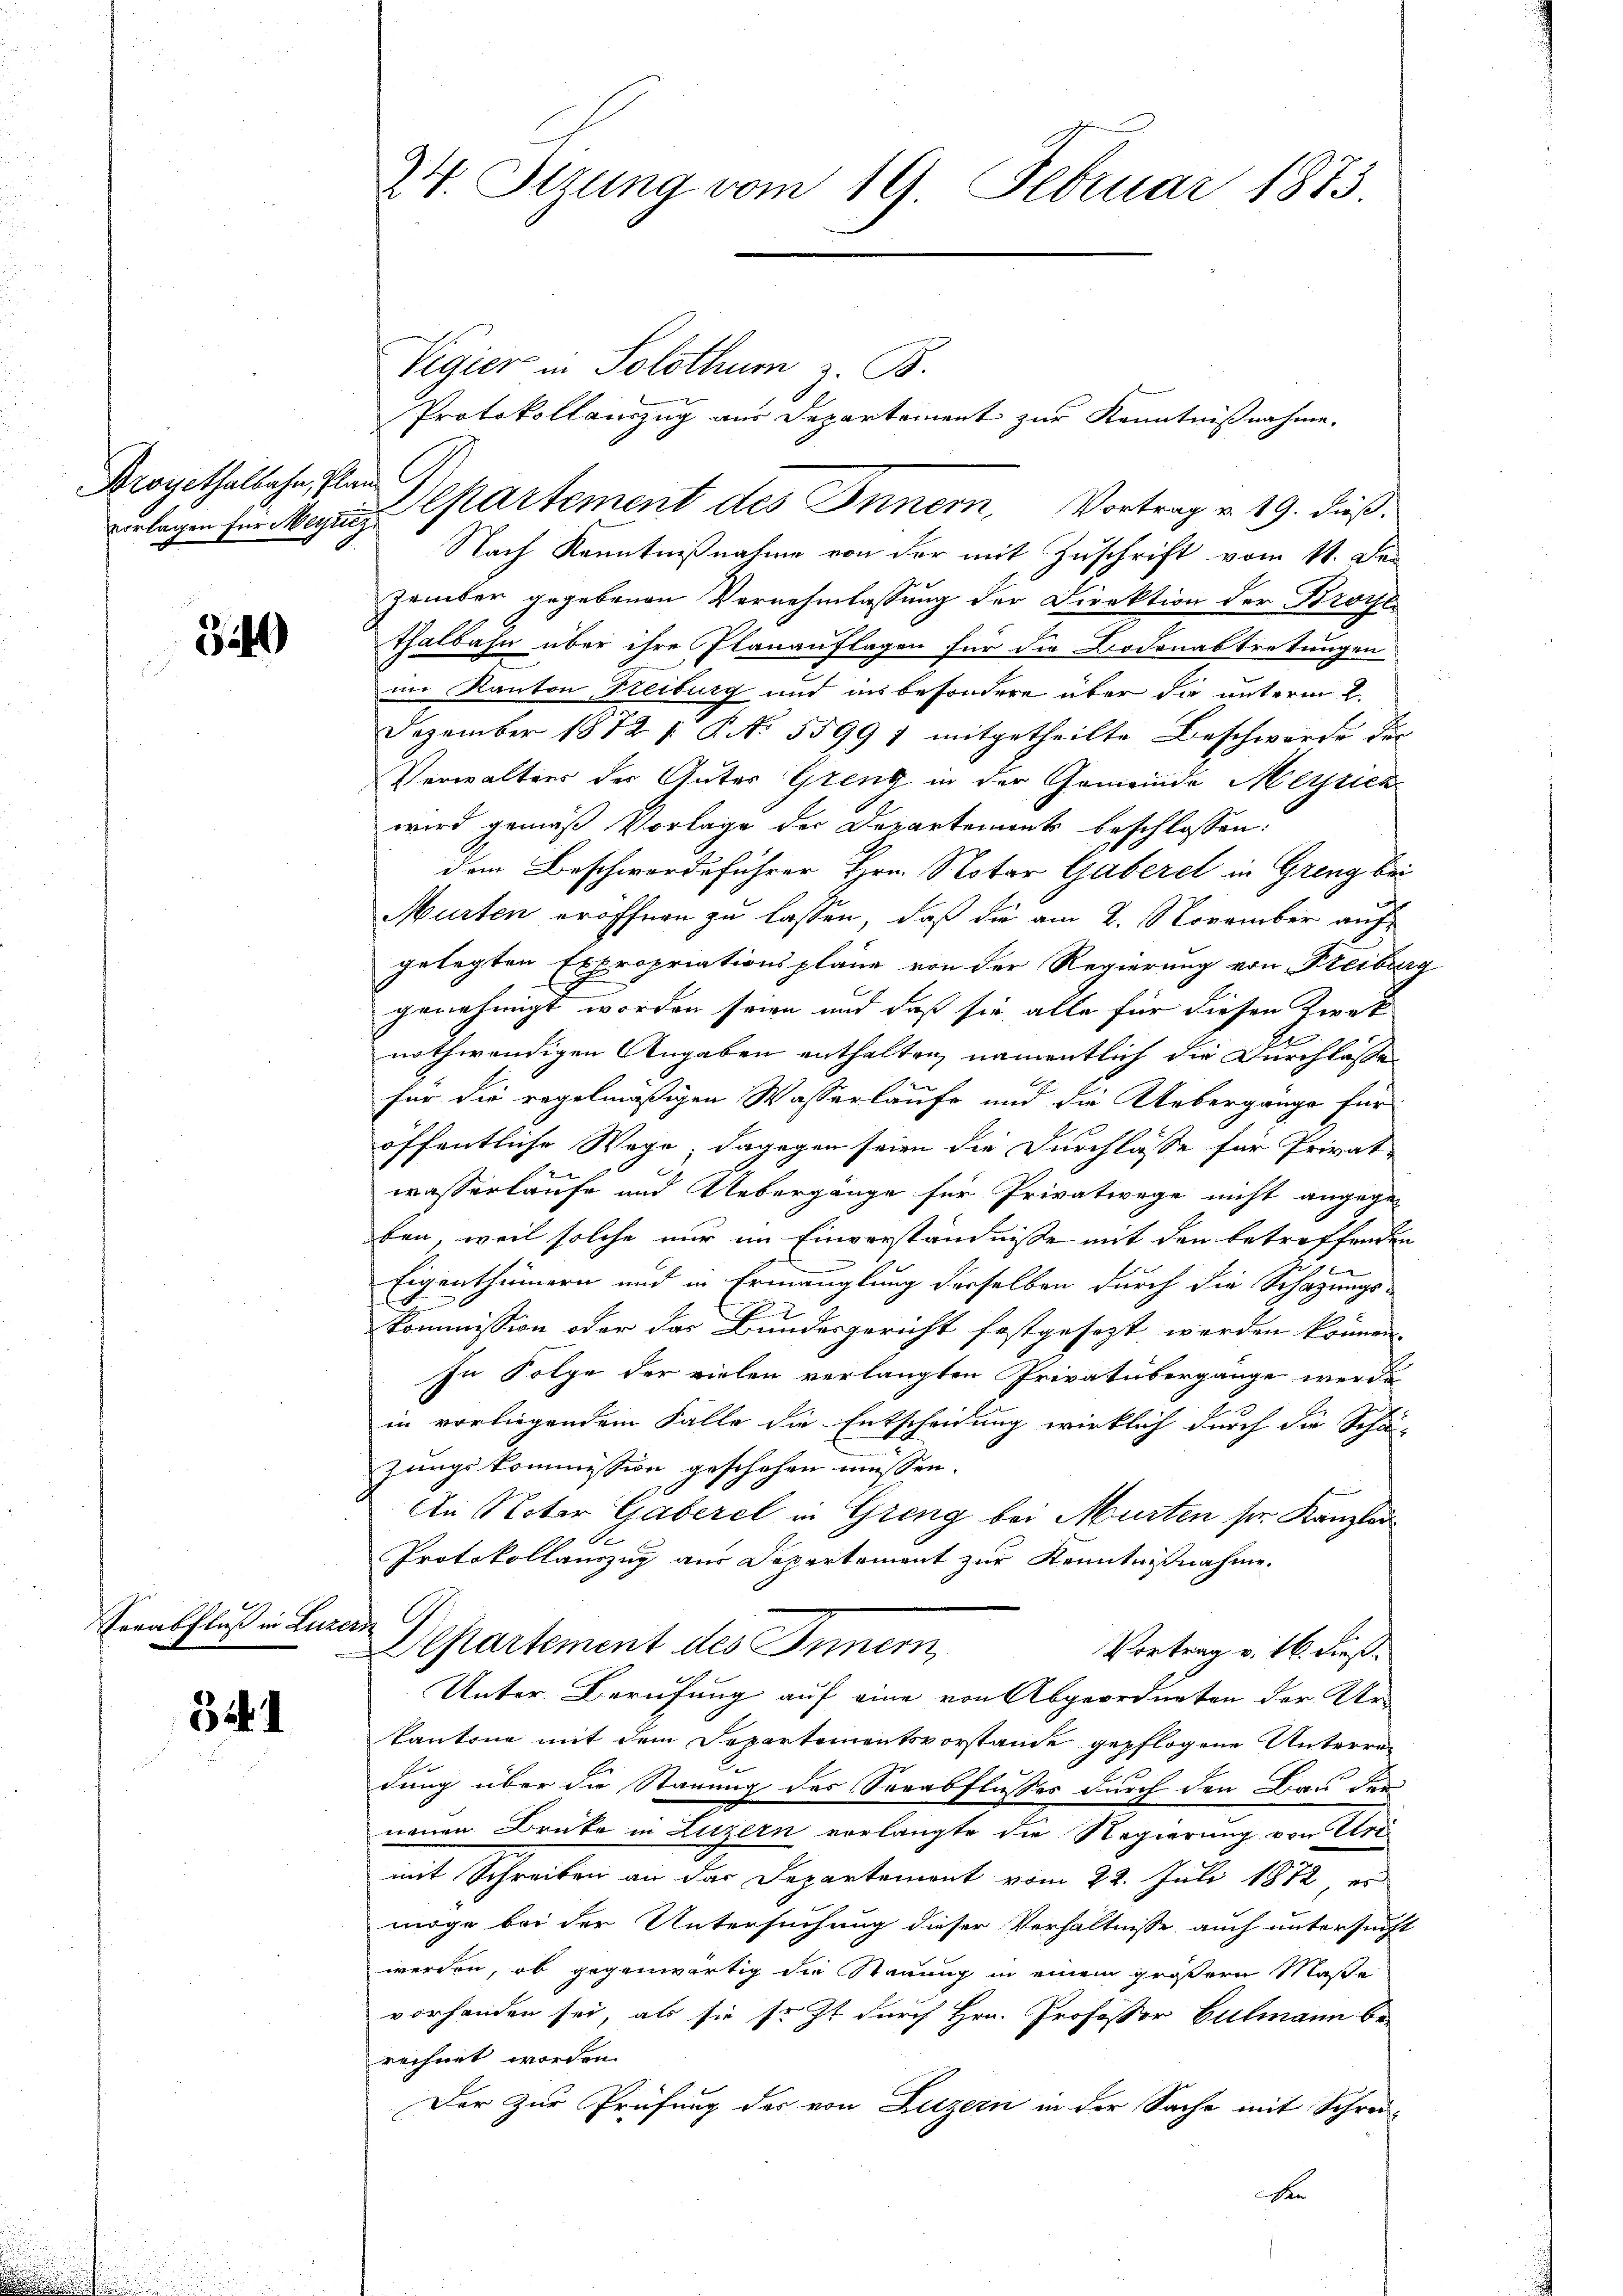
Kroyethalbahn, Plan

349

Verabfluß in Luzern G

341

24. Stzung vom 19. Februar 1873.

Protokollauszug aus Departement zur Kenntnißnahme.
Nach Kenntnißnahme von der mit Zuschrift vom 11. Den
zember gegebenen Vernehmlassung der Direktion der Broche
thalbahn über ihre Planauflagen für die Bodenabtretungen
im Kanton Freiburg und in besondere über die unterm 2.
Dezember 1872 /: P. No. 5599 7 mitgetheilte Beschwerde der
Verwalters der Güter Grenz in der Gemeinde Merzich
wird gemäß Vorlage des Departements beschlossen:
dem Beschwerdeführer Hrn. Notar Gaberei in Grenz bei
Murten eröffnen zu lassen, daß die am 2. November auf
gelegten Expropriationspläne von der Regierung von Freiburg
genehmigt worden seien und daß sie alle für diesen Zweck
nothwendigen Angaben enthalten, namentlich die Durchlasse
für die regelmäßigen Wasserläufe und die Uebergänge für
öffentliche Wege; dagegen seien die Durchlasse für Privat-
f
wasserlaufe und Uebergänge für Privatwege nicht angege-
ben, weil solche nur im Einverständnisse mit den betreffenden
iger
Eigenthümern und in Ermanglung derselben durch die Schazungs-
I
Commission oder das Bundesgericht festgesezt werden können.
In Folge der vielen verlangten Privatübergange werde
in vorliegendem Falle die Entscheidung wirklich durch die Schä-
zungskommission geschehen müssen.
An Noter Gaberel in Greng bei Murten sie Kanzlei
Protokollauszug aus Departement zur Kenntnißnahme.
Departement des Innern,
Vortrag v. 16. dieß.
Unter-Berufung auf eine von Abgeordneten der Ur-
kantone mit dem Departementsvorstande gepflogene Unterren
dung über die Stauung des Seeabflusses durch den Bau der
neuen Brücke in Luzern vorlangte die Regierung von Uri
mit Schreiben an das Departement vom 22. Juli 1872, es
möge bei der Untersuchung dieser Verhältnisse auch untersucht
werden, ob gegenwärtig die Stauung in einem größern Maße
vorhanden sei, als sie sr. Zt. durch Hrn. Professor Culmann berechnet worden.
Der zur Prüfung der von Luzern in der Sache mit Schrei-
ben

Vegier in Solothum z. B.

verlegen sei Meyris partement des Innern, Vortrag v. 19. dieß.